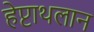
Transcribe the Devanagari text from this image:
हेप्टाथलान